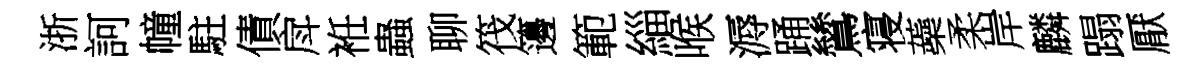
浙訶幢駐債戽袵蟲聊筏籩範緇喉溽踊鷥寝蘃柔岸麟蹋厭